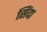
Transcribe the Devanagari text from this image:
सिंदा